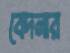
বেদনার